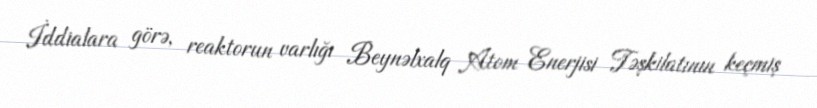
İddialara görə, reaktorun varlığı Beynəlxalq Atom Enerjisi Təşkilatının keçmiş